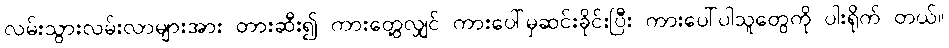
လမ်းသွားလမ်းလာများအား တားဆီး၍ ကားတွေ့လျှင် ကားပေါ်မှဆင်းခိုင်းပြီး ကားပေါ်ပါသူတွေကို ပါးရိုက် တယ်။